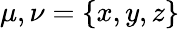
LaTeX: \mu,\nu=\{ x,y,z\}